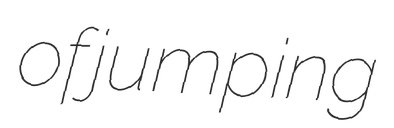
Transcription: of jumping